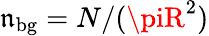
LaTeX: \mathfrak{n}_{\mathrm{{bg}}}=N/(\piR^{2})